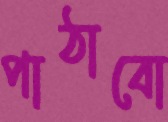
পাঠাবো